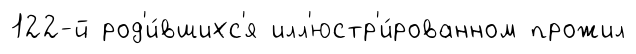
122-й род'и́вшихс'я илл'юстр'и́рованном прожил